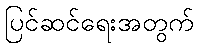
ပြင်ဆင်ရေးအတွက်